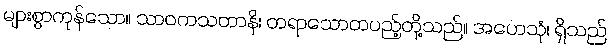
များစွာကုန်သော။ သာဝကသတာနိ၊ တရာသောတပည့်တို့သည်။ အဟေသုံ၊ ရှိသည်